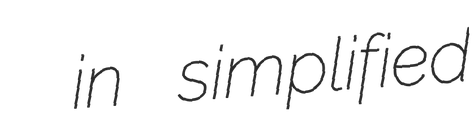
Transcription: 郦 in simplified